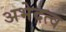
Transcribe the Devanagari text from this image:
अभेदत्व